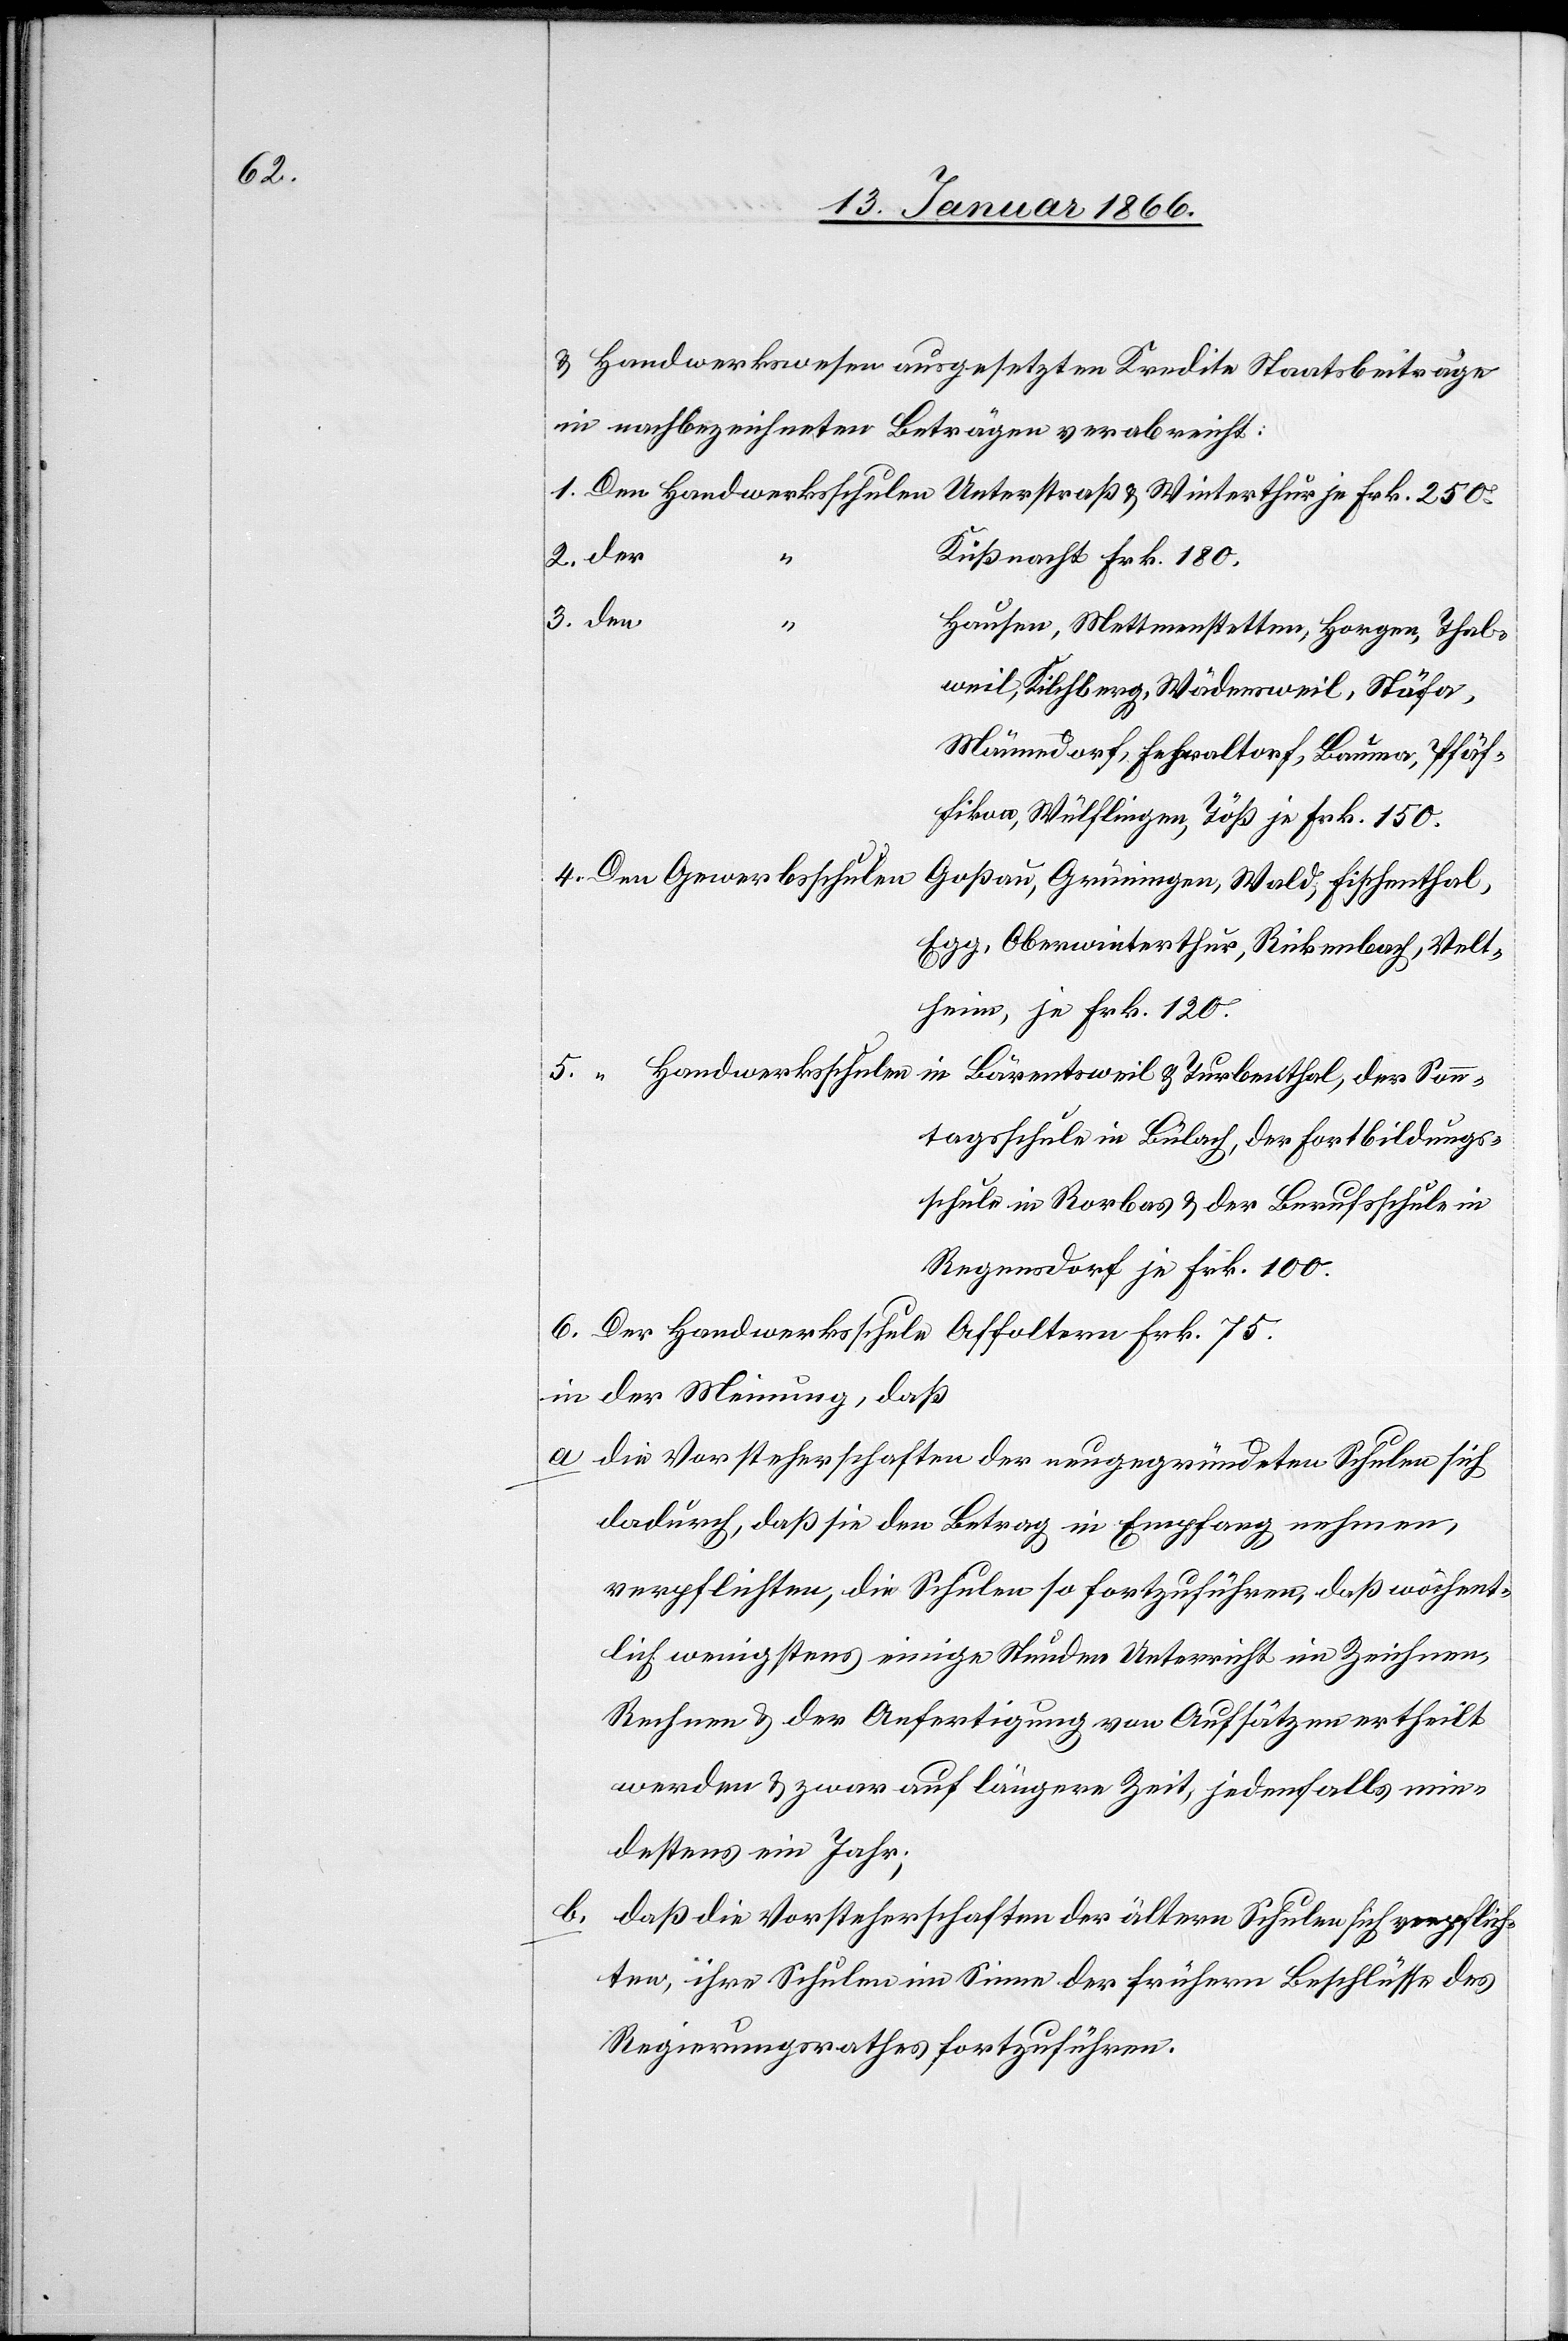
Sonn¬

u. Handwerkswesen ausgesetzten Kredite Staatsbeiträge
in nachbezeichneten Beträgen verabreicht:
Küßnacht Frk. 180.
u.
Hausen, Mettmenstetten, Horgen, Thal¬
weil, Kilchberg, Wädensweil, Stäfa,
Männedorf, Fehraltorf, Bauma, Pfäf¬
fikon, Wülflingen, Töß je Fr. 150.
Goßau, Grüningen, Wald, Fischenthal,
Egg, Oberwinterthur, Rickenbach, Velt¬
heim, je Frk. 120.
tagsschule in Bülach, der Fortbildungs¬
schule in Rorbas u. der Berufsschule in
Regensdorf je Frk. 100.
in der Meinung, daß
a. die Vorsteherschaften der neugegründeten Schulen sich
dadurch, daß sie den Betrag in Empfang nehmen,
verpflichten, die Schulen so fortzuführen, daß wöchent¬
lich wenigstens einige Stunden Unterricht im Zeichnen,
Rechnen u. der Anfertigung von Aufsätzen ertheilt
werden u. zwar auf längere Zeit, jedenfalls min¬
destens ein Jahr;
b.
daß die Vorsteherschaften der ältern Schulen sich verpflich¬
ten, ihre Schulen im Sinne der frühern Beschlüsse des
Regierungsrathes fortzuführen.